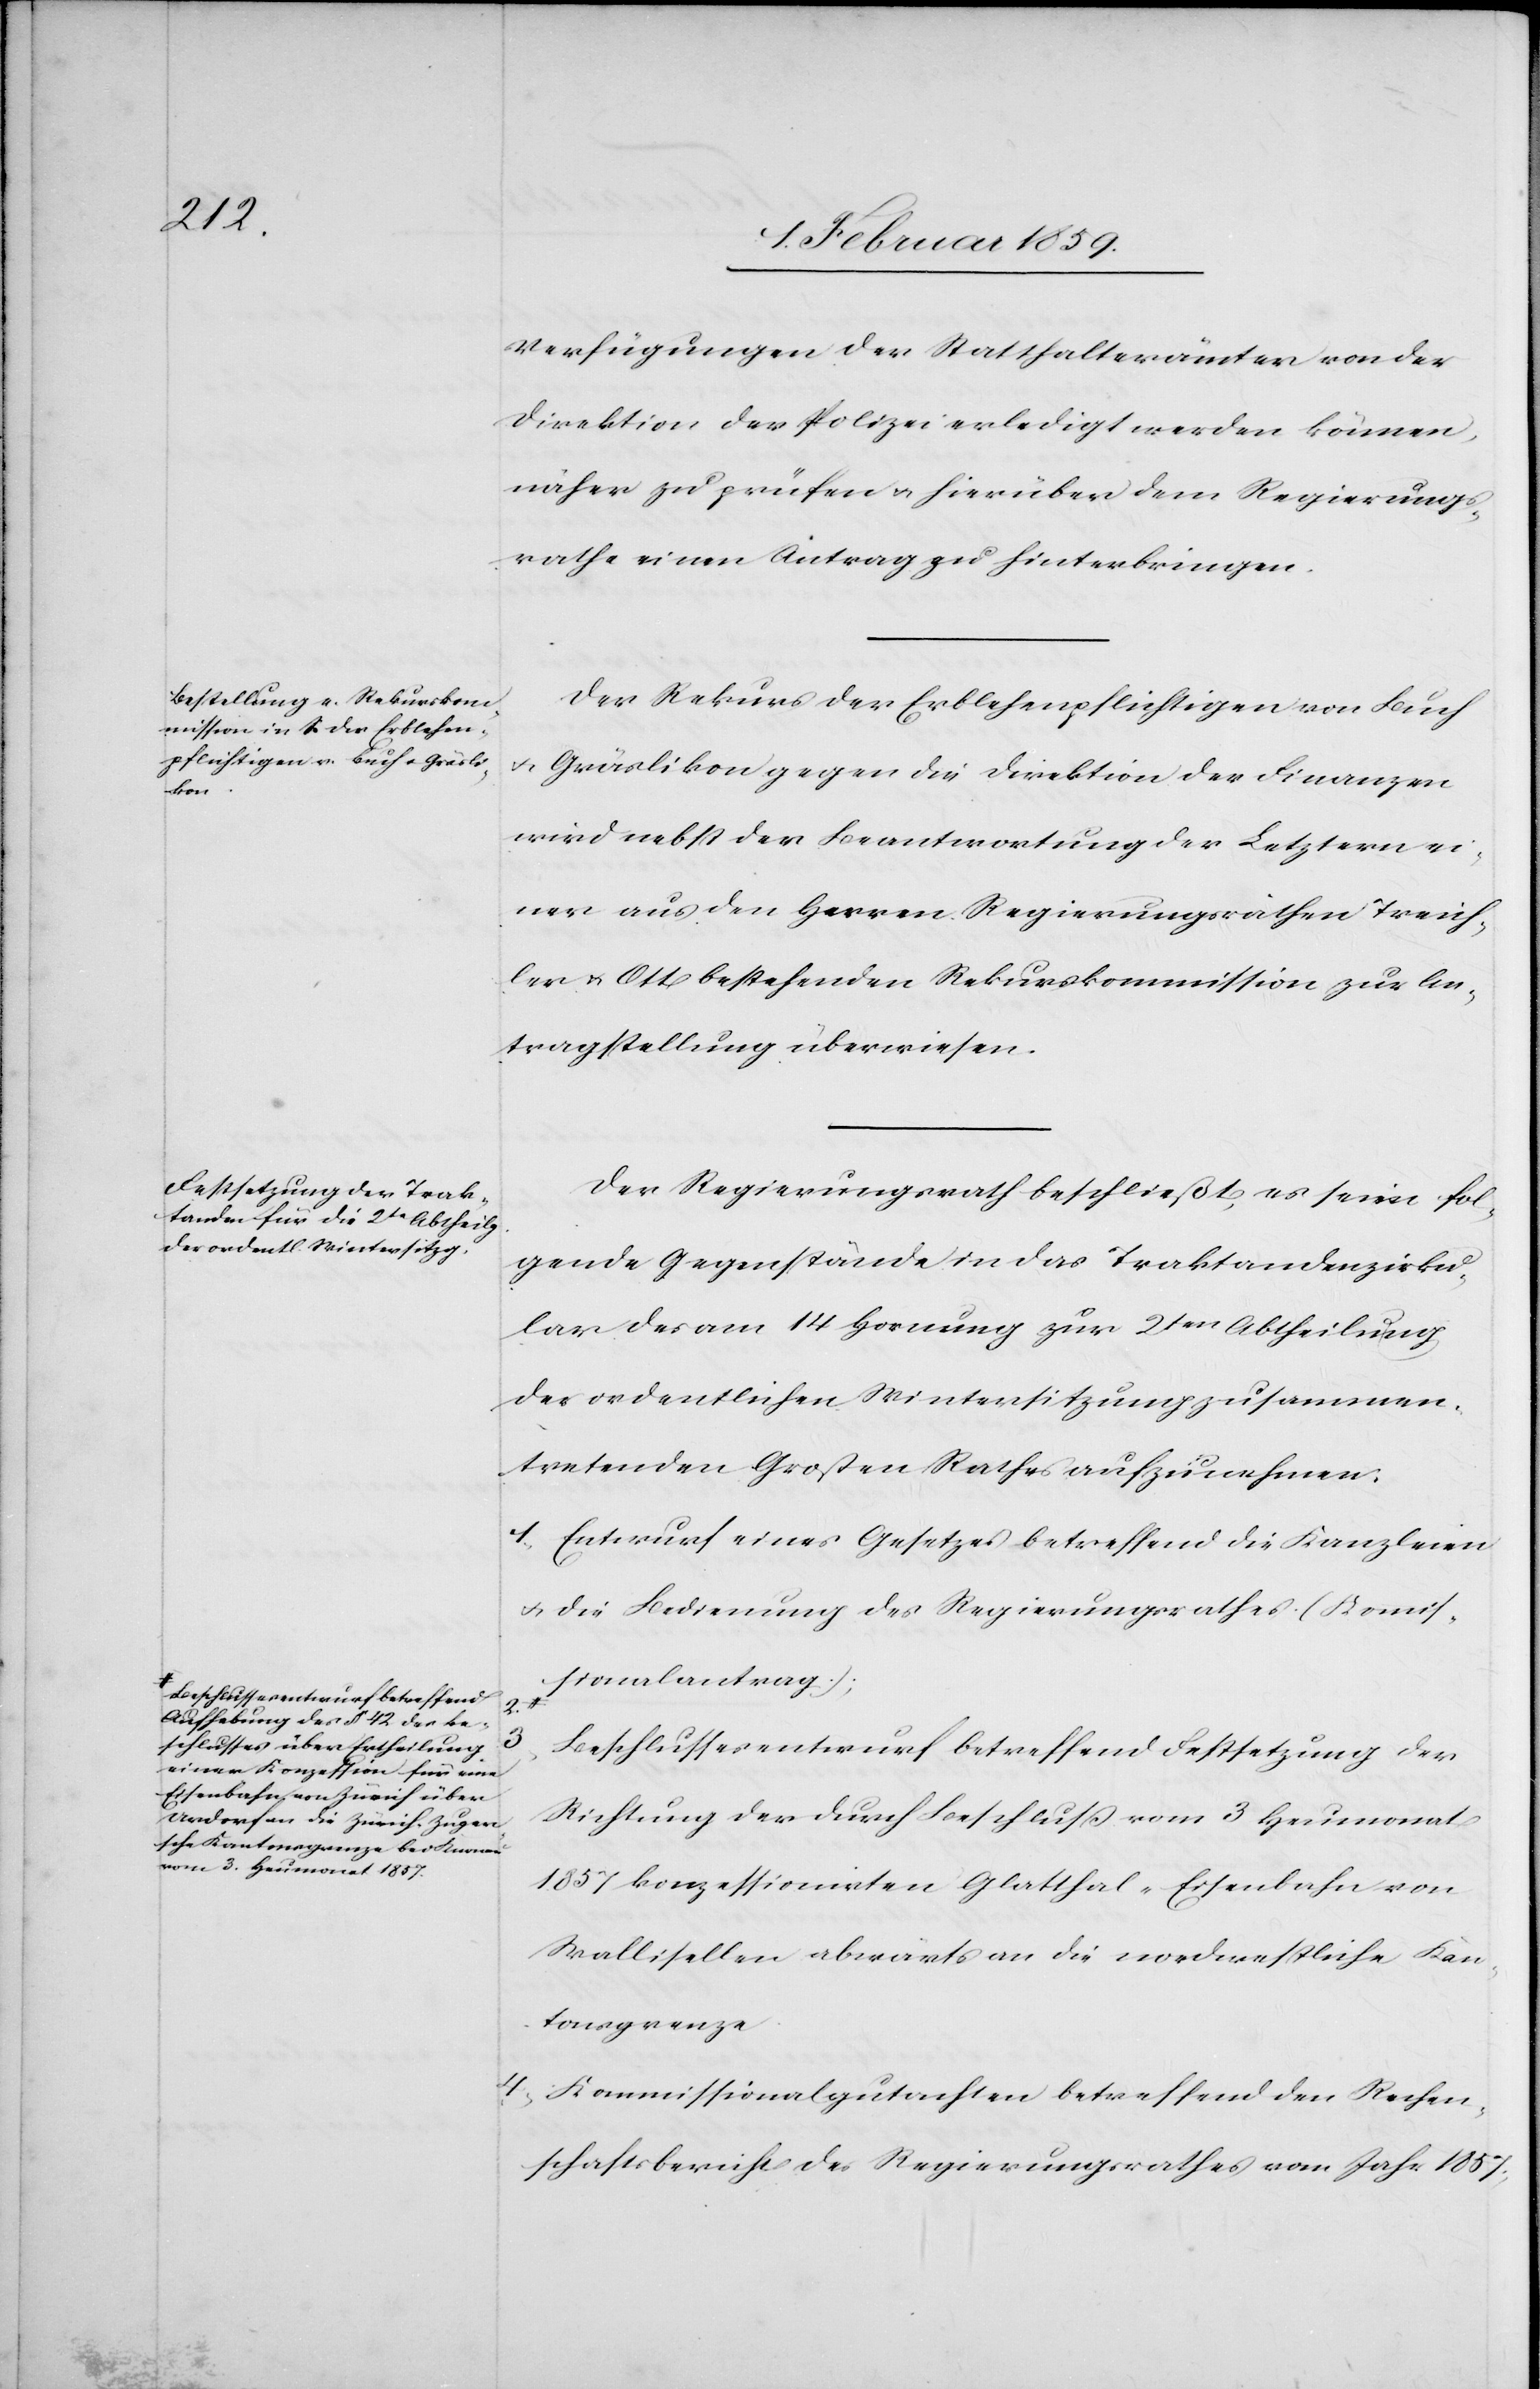
Beschlussesentwurf betreffend
Aufhebung des § 42 des Be¬
schlusses über Ertheilung
einer Konzession für eine
Eisenbahn von Zürich über
Urdorf an die Zürich-Zuger¬
sche Kantonsgrenze bei Knonau
vom 3. Heumonat 1857.

2.

Verfügungen der Statthalterämter von der
Direktion der Polizei erledigt werden können,
näher zu prüfen u. hierüber dem Regierungs¬
rathe einen Antrag zu hinterbringen.
Der Rekurs der Erblehenpflichtigen von Buch
u. Gräslikon gegen die Direktion der Finanzen
wird nebst der Beantwortung der Letztern ei¬
ner aus den Herren Regierungsräthen Treich¬
ler u. Ott bestehenden Rekurskommission zur An¬
tragstellung überwiesen.
Der Regierungsrath beschließt, es seien fol¬
gende Gegenstände in das Traktandenzirku¬
lar des am 14 Hornung zur 2ten Abtheilung
der ordentlichen Wintersitzung zusammen¬
tretenden Großen Rathes aufzunehmen:
1, Entwurf eines Gesetzes betreffend die Kanzleien
u. die Bedienung des Regierungsrathes (Komis¬
sionalantrag);
Beschlussesentwurf betreffend Festsetzung der
Richtung der durch Beschluß vom 3 Heumonat
1857 konzessionirten Glatthal-Eisenbahn von
Wallisellen abwärts an die nordwestliche Kan¬
tonsgrenze.
4, Kommissionalgutachten betreffend den Rechen¬
schaftsbericht des Regierungsrathes vom Jahr 1857;